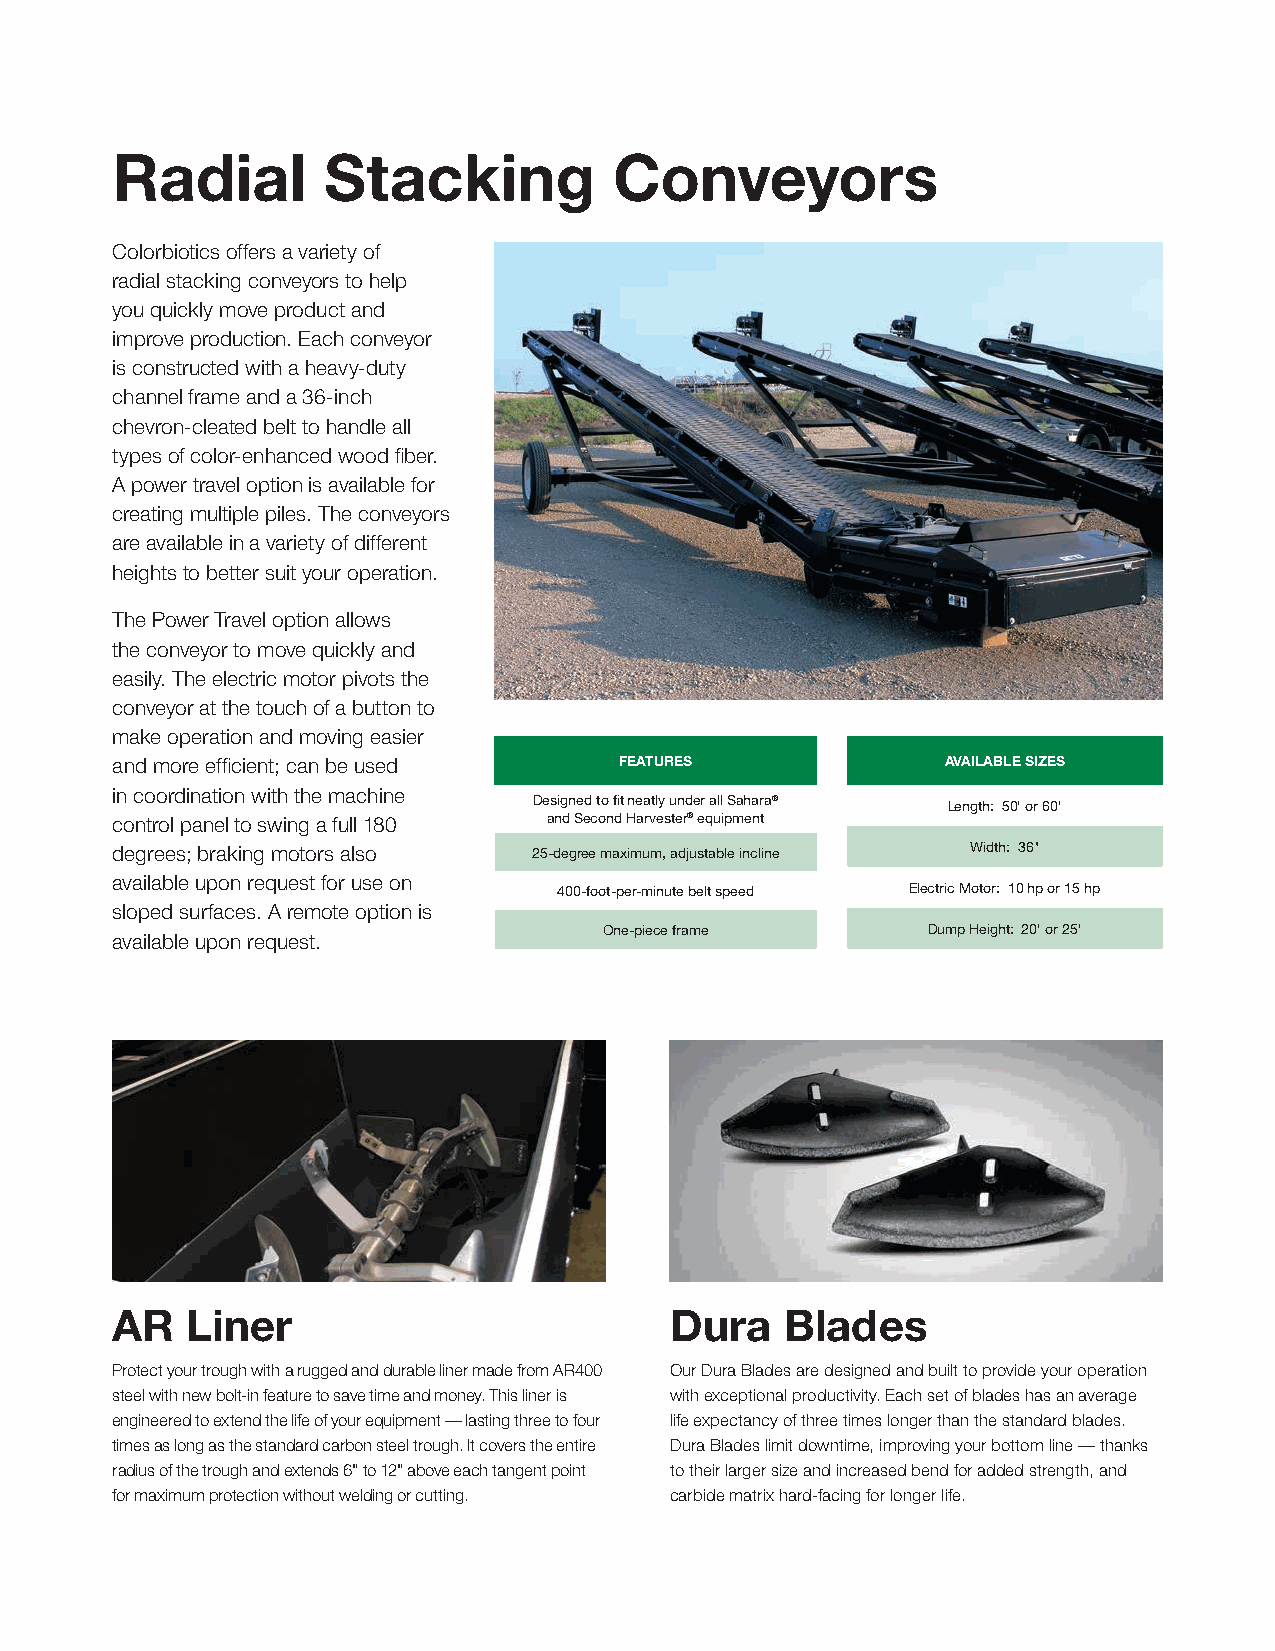
Radial        Stacking            Conveyors
 Colorbiotics offers a variety of
 radial stacking conveyors to help
 you quickly move product and
 improve production. Each conveyor
 is constructed with a heavy-duty
 channel frame and a 36-inch
 chevron-cleated belt to handle all
 types of color-enhanced wood fiber.
 A power travel option is available for
 creating multiple piles. The conveyors
 are available in a variety of different
 heights to better suit your operation.
 The Power Travel option allows
 the conveyor to move quickly and
 easily. The electric motor pivots the
 conveyor at the touch of a button to
 make operation and moving easier
 and more efficient; can be used   FEATURES              AVAILABLE SIZES
 in coordination with the machine
 Designed to fit neatly under all Sahara® Length: 50' or 60'
 control panel to swing a full 180 and Second Harvester® equipment
 degrees; braking motors also 25-degree maximum, adjustable incline Width: 36"
 available upon request for use on
 400-foot-per-minute belt speed Electric Motor: 10 hp or 15 hp
 sloped surfaces. A remote option is
 One-piece frame      Dump Height: 20' or 25'
 available upon request.
 AR   Liner                           Dura    Blades
 Protect your trough with a rugged and durable liner made from AR400 Our Dura Blades are designed and built to provide your operation
 steel with new bolt-in feature to save time and money. This liner is with exceptional productivity. Each set of blades has an average
 engineered to extend the life of your equipment — lasting three to four life expectancy of three times longer than the standard blades.
 times as long as the standard carbon steel trough. It covers the entire Dura Blades limit downtime, improving your bottom line — thanks
 radius of the trough and extends 6" to 12" above each tangent point to their larger size and increased bend for added strength, and
 for maximum protection without welding or cutting. carbide matrix hard-facing for longer life.